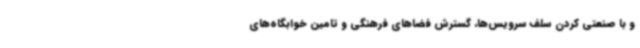
و با صنعتی کردن سلف سرویس‌ها، گسترش فضاهای فرهنگی و تامین خوابگاه‌های